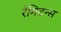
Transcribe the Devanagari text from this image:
रेमिटन्स